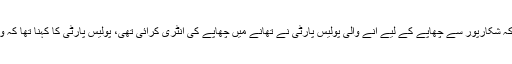
دوسری جانب کورنگی انڈسٹریل پولیس کا کہنا ہے کہ شکارپور سے چھاپے کے لیے آنے والی پولیس پارٹی نے تھانے میں چھاپے کی انٹری کرائی تھی، پولیس پارٹی کا کہنا تھا کہ وہ لوگ قتل کے ملزم کی گرفتاری کے لیے آئے ہیں۔